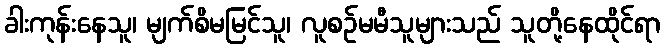
ခါးကုန်းနေသူ၊ မျက်စိမမြင်သူ၊ လူစဉ်မမီသူများသည် သူတို့နေထိုင်ရာ